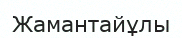
Жамантайұлы